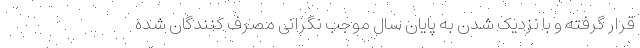
قرار گرفته و با نزدیک شدن به پایان سال موجب نگرانی مصرف کنندگان شده